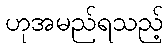
ဟုအမည်ရသည့်